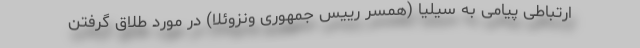
ارتباطی پیامی به سیلیا (همسر رییس جمهوری ونزوئلا) در مورد طلاق گرفتن